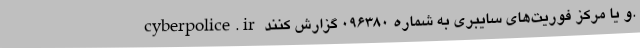
cyberpolice.ir و یا مرکز فوریت‌های سایبری به شماره ۰۹۶۳۸۰ گزارش کنند.